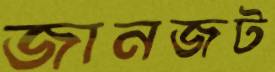
জানজট